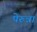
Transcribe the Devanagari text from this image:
पेरुन्ना